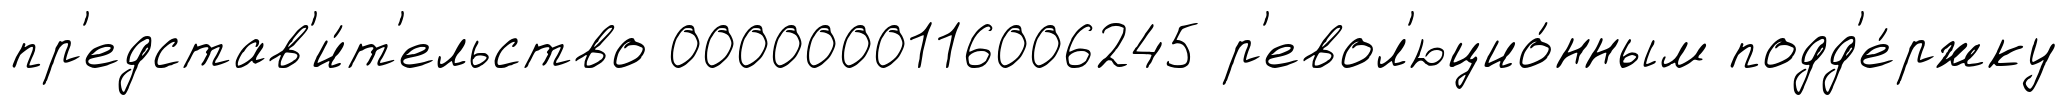
пр'едстав'и́т'ельство 0000000116006245 р'евол'юцио́нным подд'е́ржку